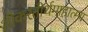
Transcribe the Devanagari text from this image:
शौकरतीर्थमाहात्म्य